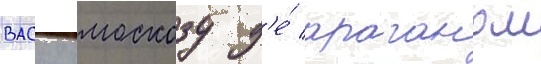
васку москозу д'е́ араганом